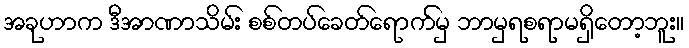
အခုဟာက ဒီအာဏာသိမ်း စစ်တပ်ခေတ်ရောက်မှ ဘာမှရစရာမရှိတော့ဘူး။